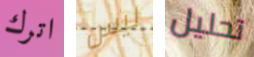
اترك ليس تحليل